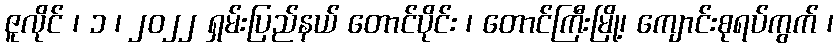
ဇူလိုင် ၊ ၁ ၊ ၂၀၂၂ ရှမ်းပြည်နယ် တောင်ပိုင်း ၊ တောင်ကြီးမြို့၊ ကျောင်းစုရပ်ကွက် ၊